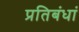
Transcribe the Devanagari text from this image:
प्रतिबंधां